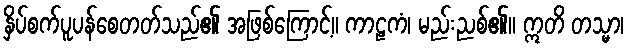
နှိပ်စက်ပူပန်စေတတ်သည်၏ အဖြစ်ကြောင့်။ ကာဠကံ၊ မည်းညစ်၏။ ဣတိ တသ္မာ၊